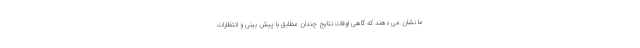
ما نشان می دهند که گاهی اوقات نتایج چندان مطابق با پیش بینی و انتظارات